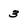
Character: 3